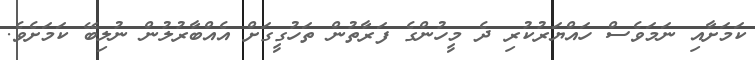
ކަމަށާއި ނަމަވެސް ހައްޔަރުކުރި ދެ މީހުންގެ ފަރާތުން ތަހުގީގަށް އެއްބާރުލުން ނުލިބޭ ކަމަށެވެ.